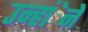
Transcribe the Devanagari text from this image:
उन्हांेने